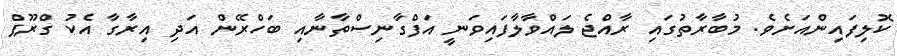
ކޮލިފައިންއަށެވެ. މުބާރާތުގައި ރާއްޖެ ލައްވާލާފައިވަނީ އަފްގާނިސްތާނާއި ބަހްރޭން އަދި އިރާގާ އެކު ގްރޫޕް